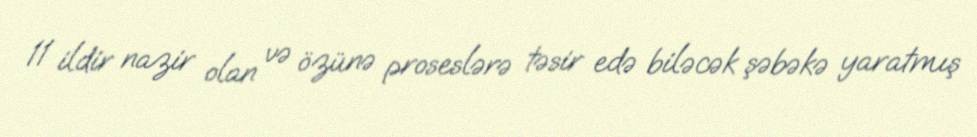
11 ildir nazir olan və özünə proseslərə təsir edə biləcək şəbəkə yaratmış